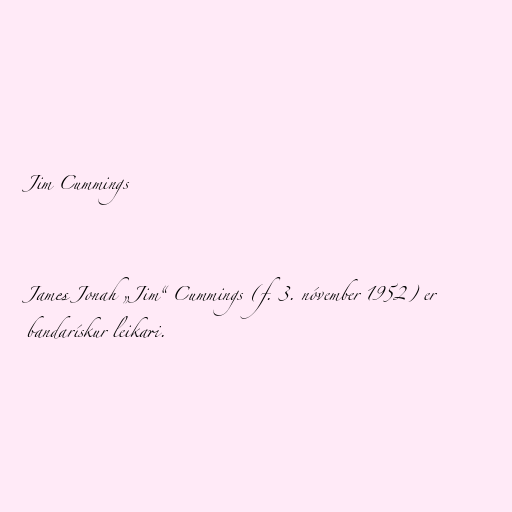
Jim Cummings

James Jonah „Jim“ Cummings (f. 3. nóvember 1952) er
bandarískur leikari.